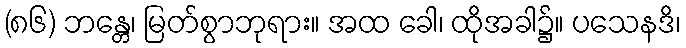
(၈၆) ဘန္တေ၊ မြတ်စွာဘုရား။ အထ ခေါ၊ ထိုအခါ၌။ ပသေနဒိ၊